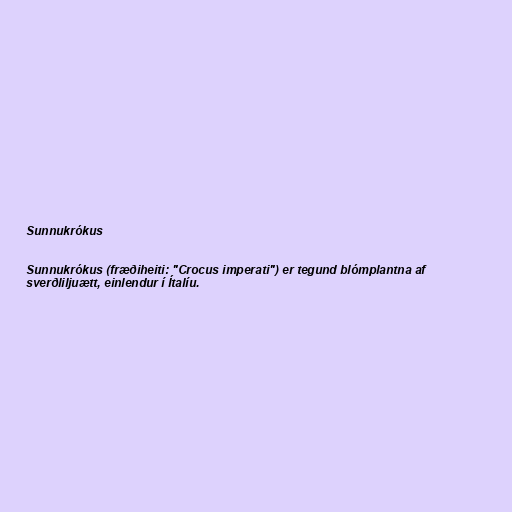
Sunnukrókus

Sunnukrókus (fræðiheiti: "Crocus imperati") er tegund blómplantna af
sverðliljuætt, einlendur í Ítalíu.